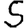
Digit: 5